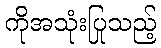
ကိုအသုံးပြုသည့်